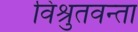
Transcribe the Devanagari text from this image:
विश्रुतवन्ता